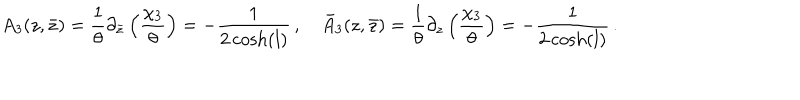
LaTeX: A _ { 3 } ( z , \bar { z } ) = \frac { 1 } { \theta } \partial _ { \bar { z } } \left( \frac { \chi _ { 3 } } { \theta } \right) = - \frac { 1 } { 2 \cosh ( l ) } \, , \quad \bar { A } _ { 3 } ( z , \bar { z } ) = \frac { 1 } { \theta } \partial _ { z } \left( \frac { \chi _ { 3 } } { \theta } \right) = - \frac { 1 } { 2 \cosh ( l ) } \, .